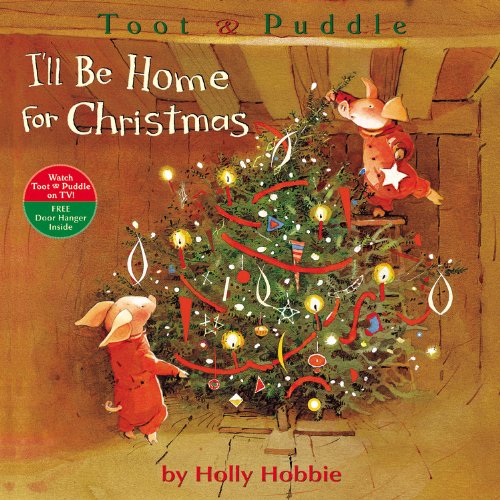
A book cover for I'll Be Home for Christmas (Toot & Puddle); Holly Hobbie; Children's Books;